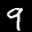
Label: 9